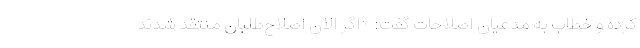
کرده و خطاب به مدعیان اصلاحات گفت: «اگر الان اصلاح‌طلبان منتقد شدند